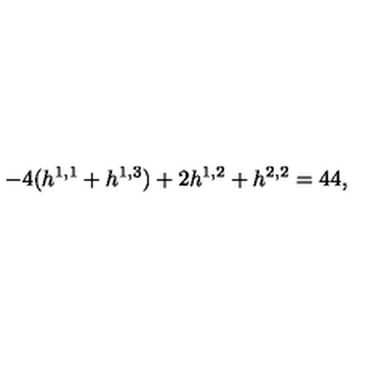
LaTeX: - 4 ( h ^ { 1 , 1 } + h ^ { 1 , 3 } ) + 2 h ^ { 1 , 2 } + h ^ { 2 , 2 } = 4 4 ,